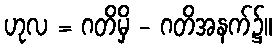
ဟုလ = ဂတိမှိ - ဂတိအနက်၌။